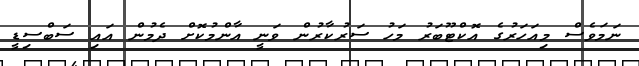
ނަމަވެސް މިއަހަރުގެ އޮކްޓޫބަރު މަހު ސަރުކާރުން ވަނީ އާންމުކޮށް ދެމުން އައި ސަބްސިޑީ